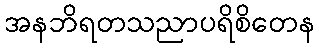
အနဘိရတသညာပရိစိတေန